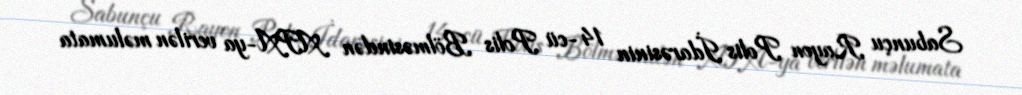
Sabunçu Rayon Polis İdarəsinin 14-cü Polis Bölməsindən APA-ya verilən məlumata